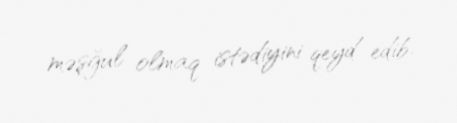
məşğul olmaq istədiyini qeyd edib.